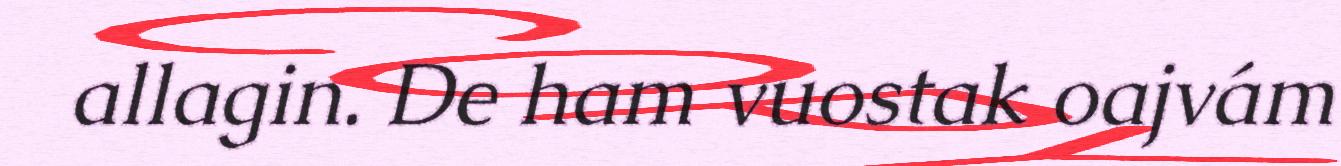
allagin. De ham vuostak oajvám